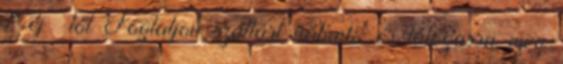
1 éj -től Foglaljon szállást nálunk, és látogassa meg